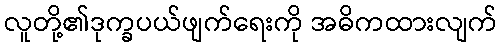
လူတို့၏ဒုက္ခပယ်ဖျက်ရေးကို အဓိကထားလျက်